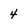
Character: 4